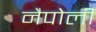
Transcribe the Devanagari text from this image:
नैपोली